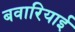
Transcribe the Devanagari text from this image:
बवारियाई